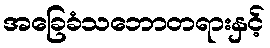
အခြေခံသဘောတရားနှင့်